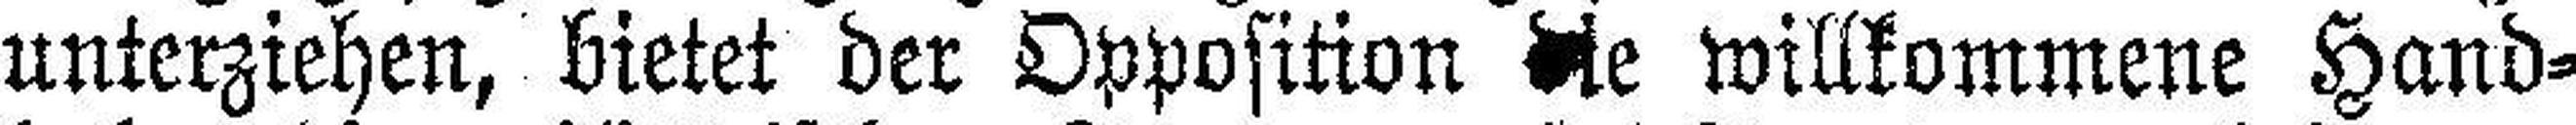
unterziehen, bietet der Opposition die willkommene Hand¬